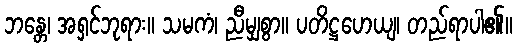
ဘန္တေ၊ အရှင်ဘုရား။ သမကံ၊ ညီမျှစွာ။ ပတိဋ္ဌဟေယျ၊ တည်ရာပါ၏။